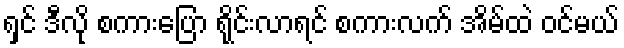
ရှင် ဒီလို စကားပြော ရိုင်းလာရင် စကားလက် အိမ်ထဲ ဝင်မယ်